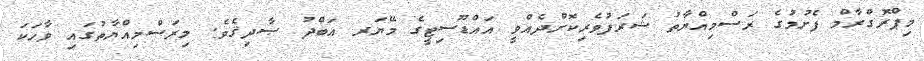
މިޕްރޮގްރާމް ފެށުމުގެ ރަސްމިއްޔާތު ޝަރަފުވެރިކޮށްދެއްވީ އައްޑޫސިޓީގެ މޭޔަރ އަބްދު ޞާދިޤެވެ. މިރަސްމިއްޔާތުގައި ވާހަކަ